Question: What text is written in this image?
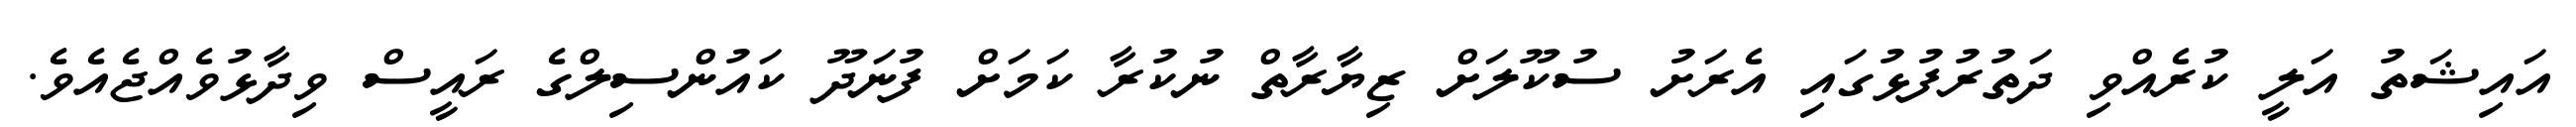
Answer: އައިޝަތު އަލީ ކުރެއްވި ދަތުރުފުޅުގައި އެރަށު ސުކޫލަށް ޒިޔާރާތް ނުކުރާ ކަމަށް ފުނަދޫ ކައުންސިލްގެ ރައީސް ވިދާޅުވެއްޖެއެވެ.